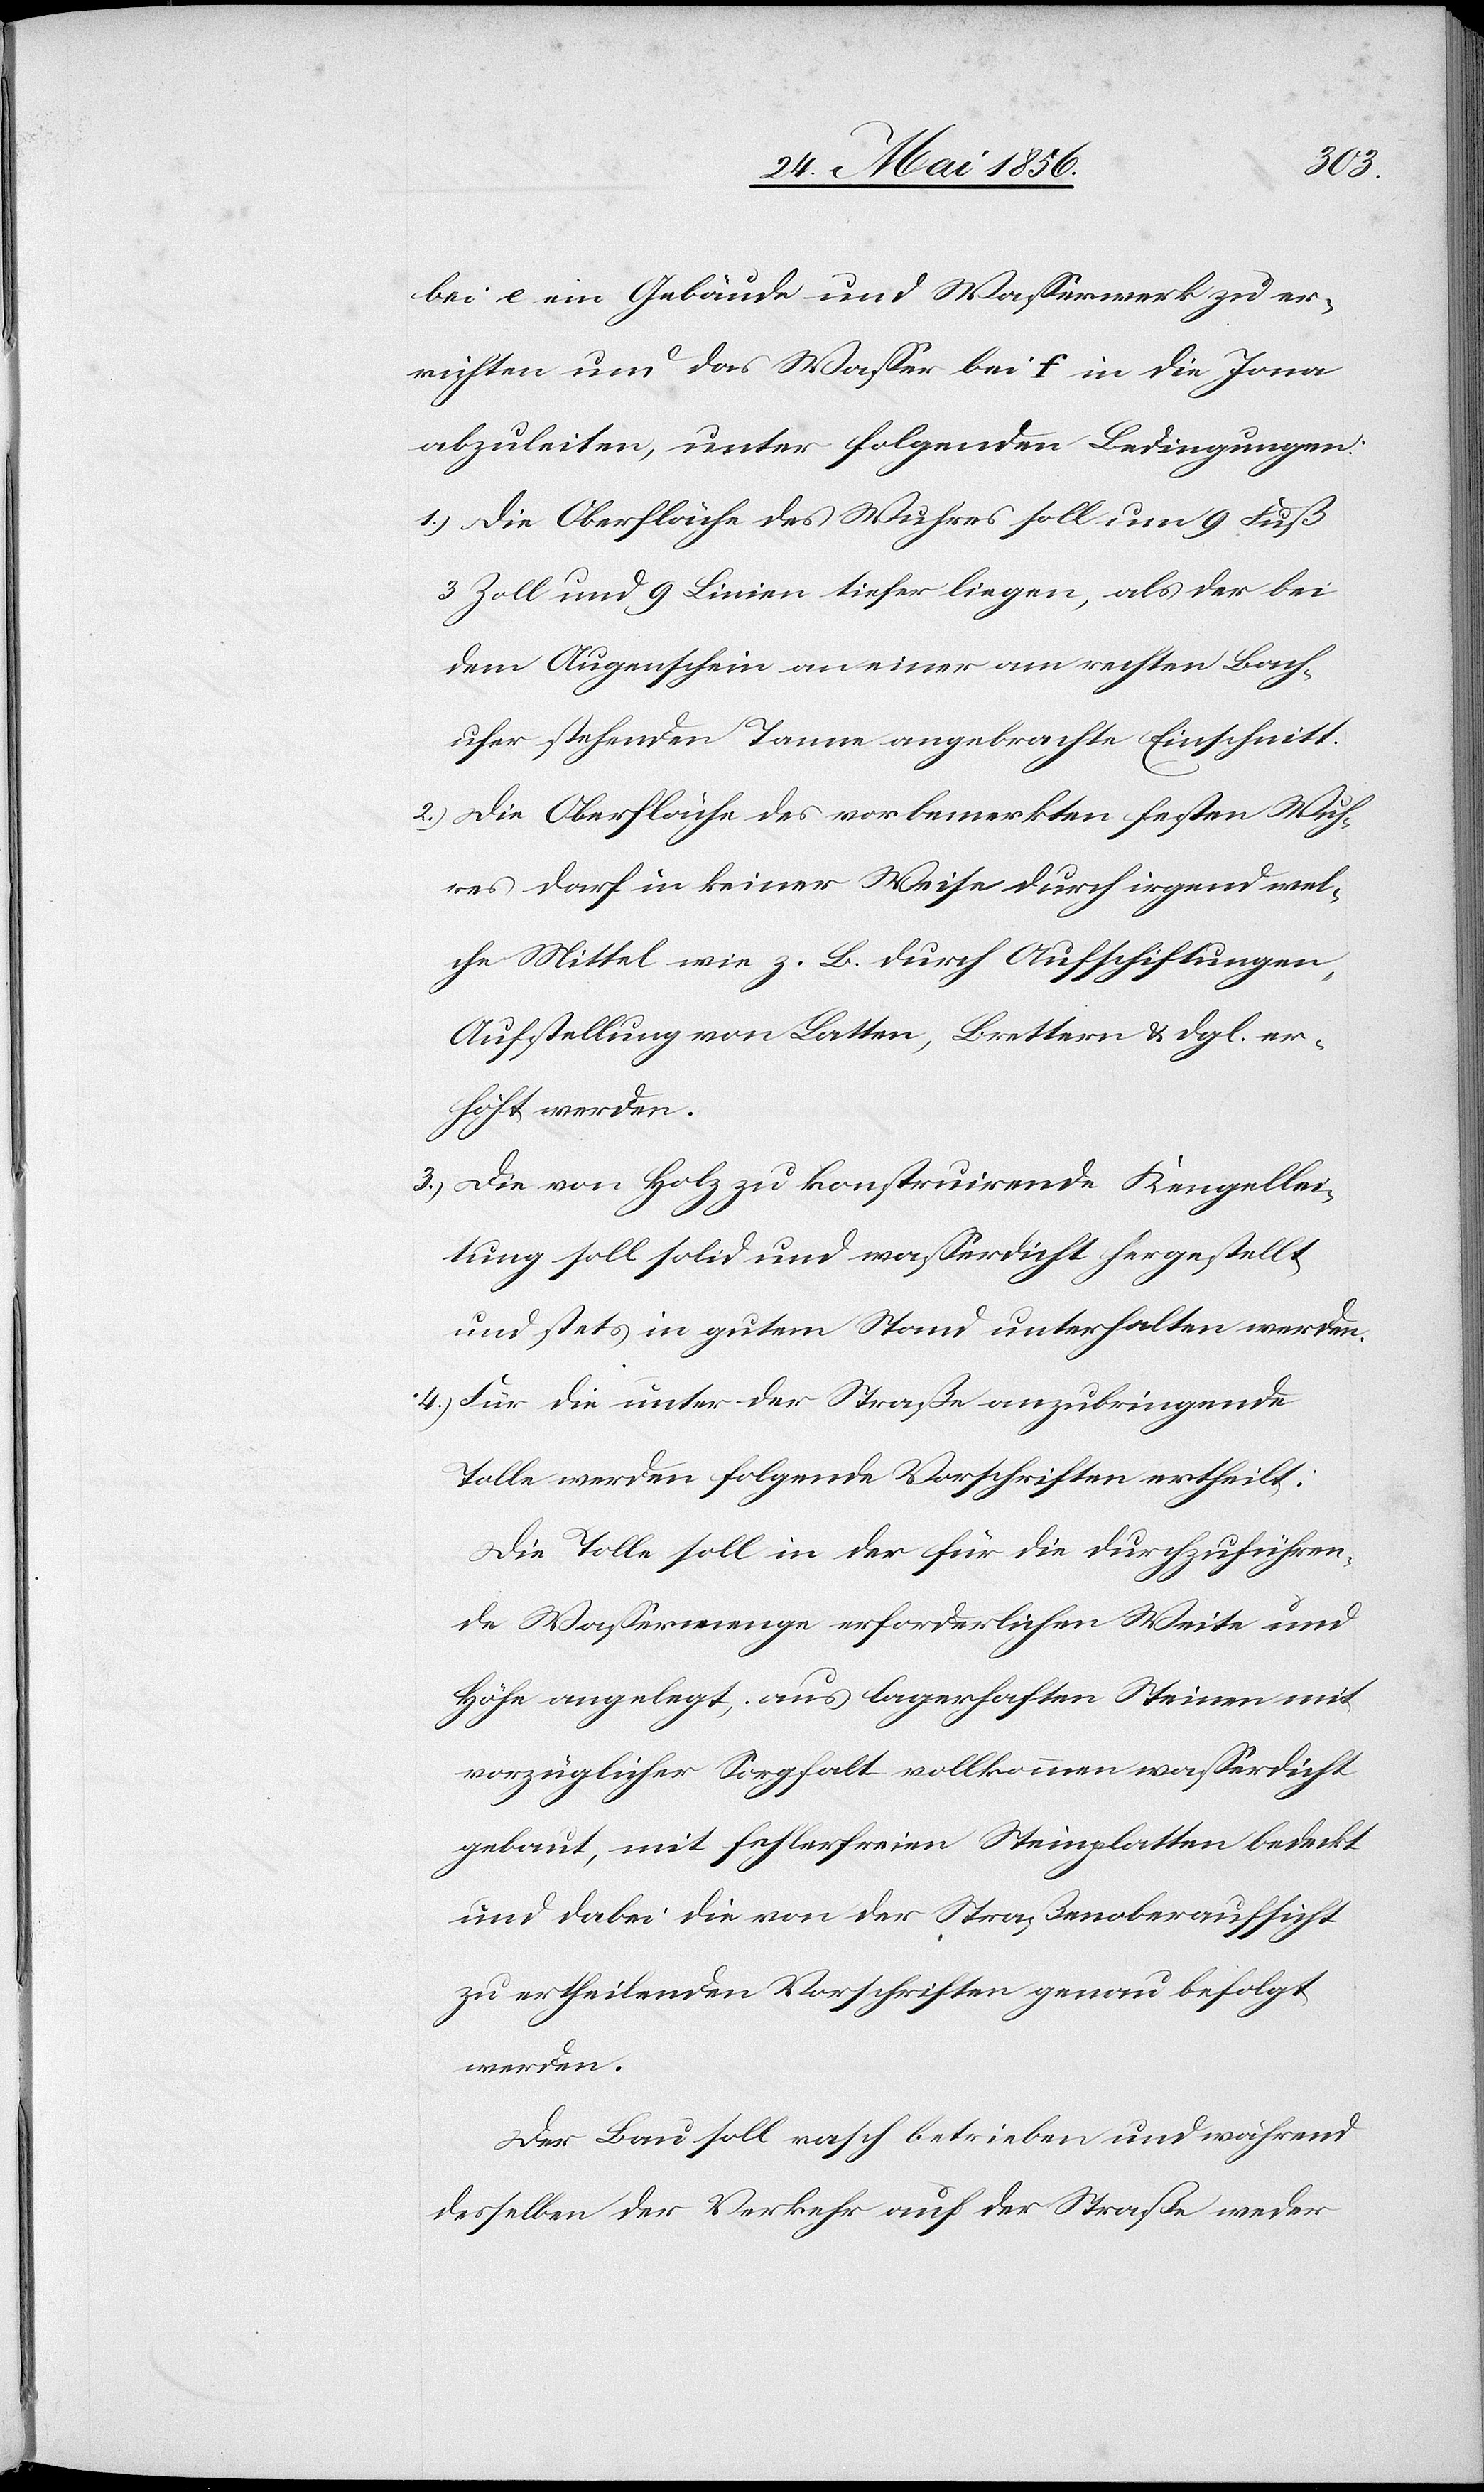
bei e ein Gebäude und Wasserwerk zu er¬
richten und das Wasser bei f in die Jona
abzuleiten, unter folgenden Bedingungen:
1.) Die Oberfläche des Wuhres soll um 9 Fuß
3 Zoll und 9 Linien tiefer liegen, als der bei
dem Augenschein an einer am rechten Bach¬
ufer stehenden Tanne angebrachte Einschnitt.
2.) Die Oberfläche des vorbemerkten festen Wuh¬
res darf in keiner Weise durch irgend wel¬
che Mittel wie z. B. durch Aufschichtungen,
Aufstellung von Latten, Brettern & dgl. er¬
höht werden.
3.) Die von Holz zu konstruirende Kengellei¬
tung soll solid und wasserdicht hergestellt
und stets in gutem Stand unterhalten werden.
4.) Für die unter der Straße anzubringende
Tolle werden folgende Vorschriften ertheilt:
Die Tolle soll in der für die durchzuführen¬
de Wassermenge erforderlichen Weite und
Höhe angelegt, aus lagerhaften Steinen mit
vorzüglicher Sorgfalt vollkommen wasserdicht
gebaut, mit fehlerfreien Steinplatten bedeckt
und dabei die von der Straßenoberaufsicht
zu ertheilenden Vorschriften genau befolgt
werden.
Der Bau soll rasch betrieben und während
desselben der Verkehr auf der Straße weder